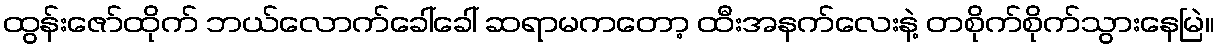
ထွန်းဇော်ထိုက် ဘယ်လောက်ခေါ်ခေါ် ဆရာမကတော့ ထီးအနက်လေးနဲ့ တစိုက်စိုက်သွားနေမြဲ။